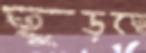
ছুড়ছে